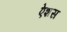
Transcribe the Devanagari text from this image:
ऐशस